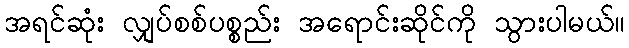
အရင်ဆုံး လျှပ်စစ်ပစ္စည်း အရောင်းဆိုင်ကို သွားပါမယ်။